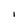
Character: I